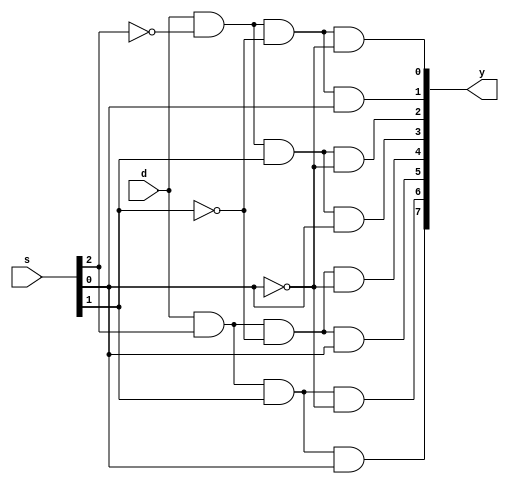
module demux8(input d,input [2:0]s,output [7:0]y);
assign y=demux(d,s[2:0]);
function [7:0]demux(input d,input [2:0]s);
begin
demux[0]=d&~s[2]&~s[1]&~s[0];
demux[1]=d&~s[2]&~s[1]&s[0];
demux[2]=d&~s[2]&s[1]&~s[0];
demux[3]=d&~s[2]&s[1]&s[0];
demux[4]=d&s[2]&~s[1]&~s[0];
demux[5]=d&s[2]&~s[1]&s[0];
demux[6]=d&s[2]&s[1]&~s[0];
demux[7]=d&s[2]&s[1]&s[0];
end
endfunction
endmodule